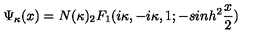
\Psi _ { \kappa } ( x ) = N ( \kappa ) _ { 2 } F _ { 1 } ( i \kappa , - i \kappa , 1 ; - s i n h ^ { 2 } \frac { x } { 2 } )